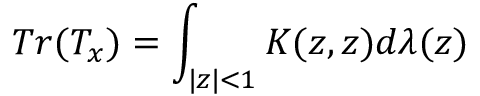
T r ( T _ { x } ) = \int _ { | z | < 1 } K ( z , z ) d \lambda ( z )